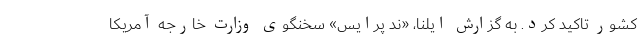
کشور تأکید کرد. به گزارش ایلنا، «ند پرایس» سخنگوی وزارت خارجه آمریکا